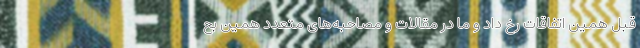
قبل همین اتفاقات رخ داد و ما در مقالات و مصاحبه‌های متعدد همین بح